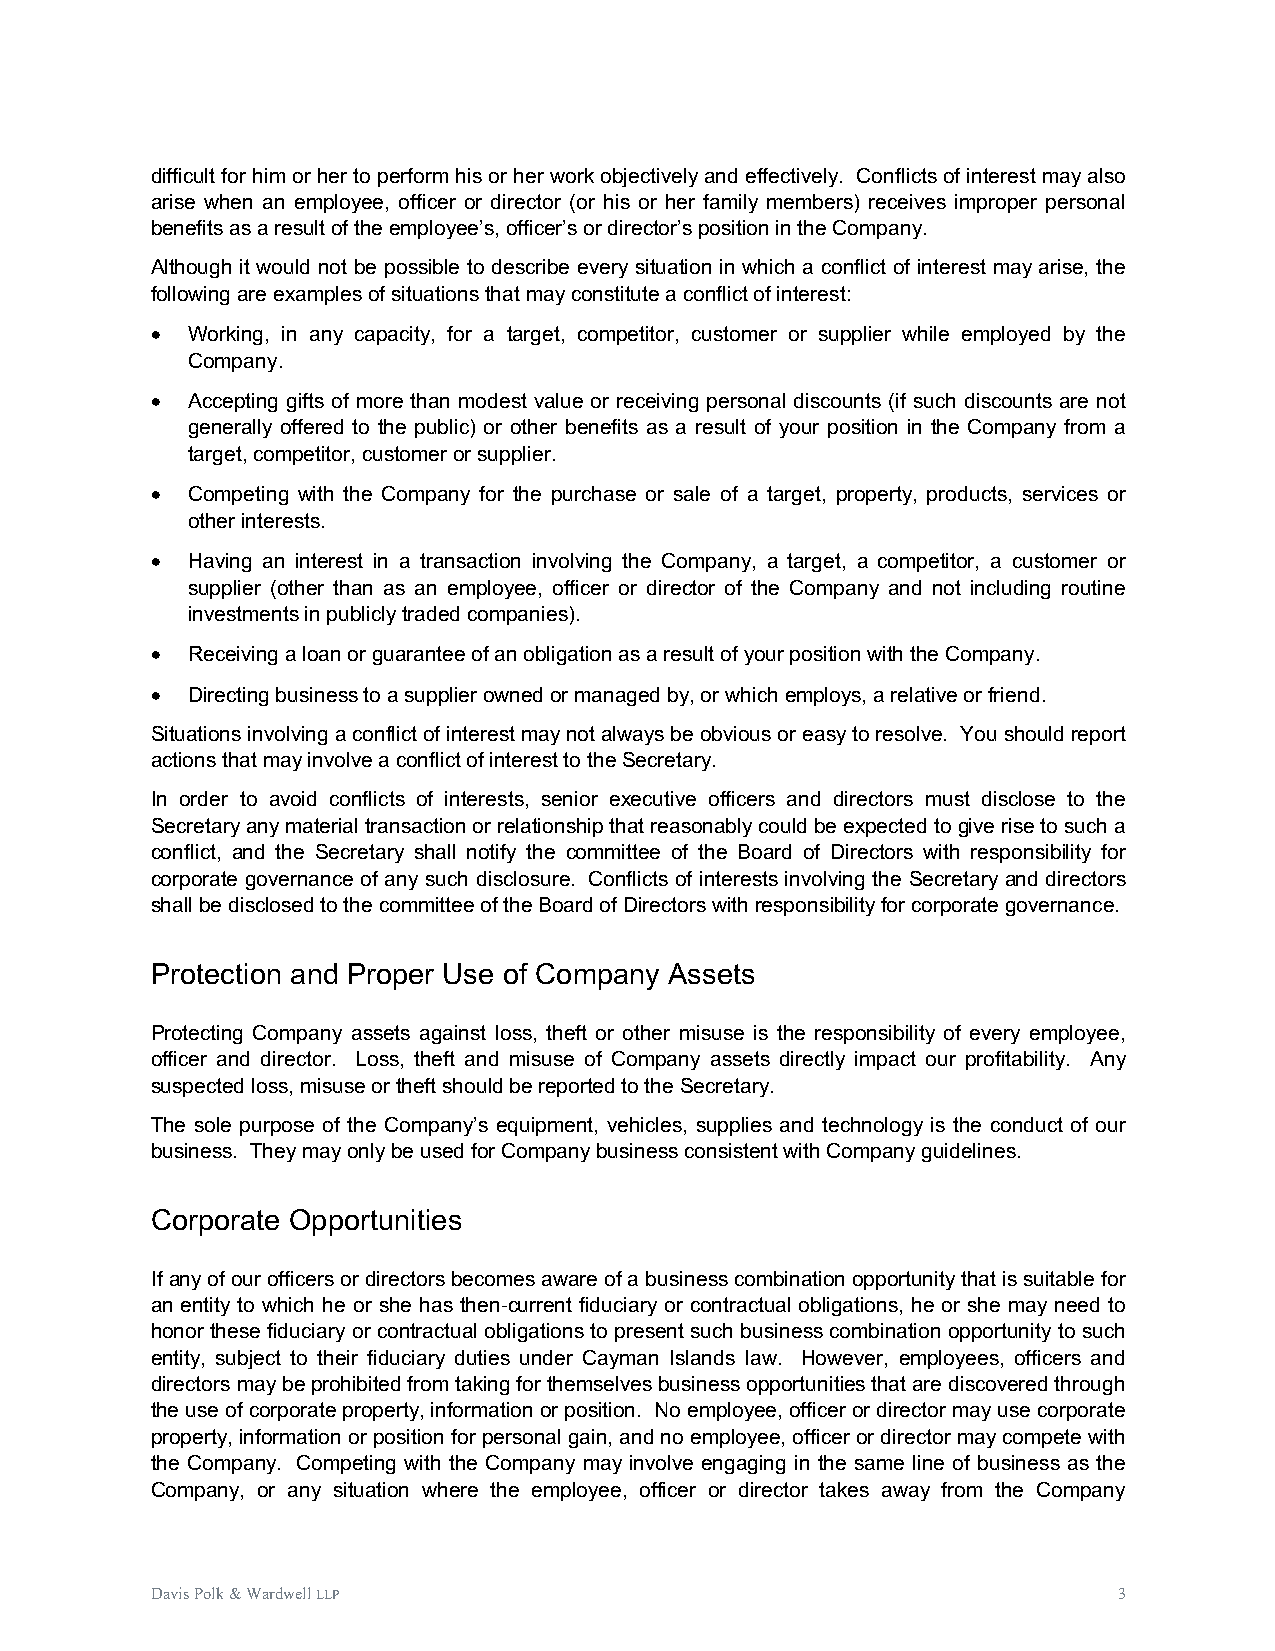
difficult for him or her to perform his or her work objectively and effectively. Conflicts of interest may also
 arise when an employee, officer or director (or his or her family members) receives improper personal
 benefits as a result of the employee’s, officer’s or director’s position in the Company.
 Although it would not be possible to describe every situation in which a conflict of interest may arise, the
 following are examples of situations that may constitute a conflict of interest:
 • Working, in any capacity, for a target, competitor, customer or supplier while employed by the
 Company.
 • Accepting gifts of more than modest value or receiving personal discounts (if such discounts are not
 generally offered to the public) or other benefits as a result of your position in the Company from a
 target, competitor, customer or supplier.
 • Competing with the Company for the purchase or sale of a target, property, products, services or
 other interests.
 • Having an interest in a transaction involving the Company, a target, a competitor, a customer or
 supplier (other than as an employee, officer or director of the Company and not including routine
 investments in publicly traded companies).
 • Receiving a loan or guarantee of an obligation as a result of your position with the Company.
 • Directing business to a supplier owned or managed by, or which employs, a relative or friend.
 Situations involving a conflict of interest may not always be obvious or easy to resolve. You should report
 actions that may involve a conflict of interest to the Secretary.
 In order to avoid conflicts of interests, senior executive officers and directors must disclose to the
 Secretary any material transaction or relationship that reasonably could be expected to give rise to such a
 conflict, and the Secretary shall notify the committee of the Board of Directors with responsibility for
 corporate governance of any such disclosure. Conflicts of interests involving the Secretary and directors
 shall be disclosed to the committee of the Board of Directors with responsibility for corporate governance.
 Protection and Proper Use of Company Assets
 Protecting Company assets against loss, theft or other misuse is the responsibility of every employee,
 officer and director. Loss, theft and misuse of Company assets directly impact our profitability. Any
 suspected loss, misuse or theft should be reported to the Secretary.
 The sole purpose of the Company’s equipment, vehicles, supplies and technology is the conduct of our
 business. They may only be used for Company business consistent with Company guidelines.
 Corporate Opportunities
 If any of our officers or directors becomes aware of a business combination opportunity that is suitable for
 an entity to which he or she has then-current fiduciary or contractual obligations, he or she may need to
 honor these fiduciary or contractual obligations to present such business combination opportunity to such
 entity, subject to their fiduciary duties under Cayman Islands law. However, employees, officers and
 directors may be prohibited from taking for themselves business opportunities that are discovered through
 the use of corporate property, information or position. No employee, officer or director may use corporate
 property, information or position for personal gain, and no employee, officer or director may compete with
 the Company. Competing with the Company may involve engaging in the same line of business as the
 Company, or any situation where the employee, officer or director takes away from the Company
 Davis Polk & Wardwell LLP                                       3